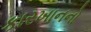
કારખાનનો